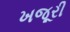
ખજૂરી